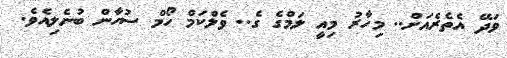
ވަދޭ އެތެރެއަށް.. މިހާރު މިއީ ލަމްގެ ގެ.. ވެލްކަމް ހޯމް ސުހާން ބުނެލިއެވެ.